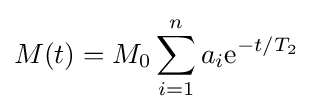
M(t)=M_{0}\sum _{i=1}^{n}{a_{i}}\mathrm {e} ^{-t/T_{2}}